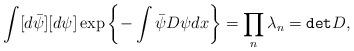
LaTeX: \begin{align*}\int [d\bar\psi][d\psi]\exp\left\{-\int \bar\psi D\psi dx\right\}=\prod_n \lambda_n = {\tt det}D,\end{align*}